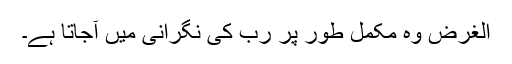
الغرض وہ مکمل طور پر رب کی نگرانی میں آجاتا ہے۔